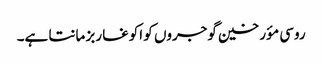
روسی مؤرخین گوجروں کو اکوغا ربز مانتا ہے۔